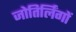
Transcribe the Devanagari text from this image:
जोतिर्लिंगों